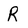
Character: R